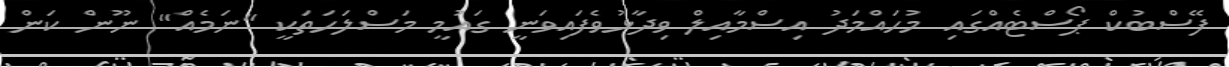
ފޭސްބުކް ޕޯސްޓެއްގައި މުހައްމަދު އިސްމާއިލް ވިދާޅުވެފައިވަނީ ގައުމީ މަސްލަހަތަކީ "ނަމެއް" ނޫން ކަން